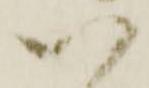
以